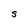
Character: S